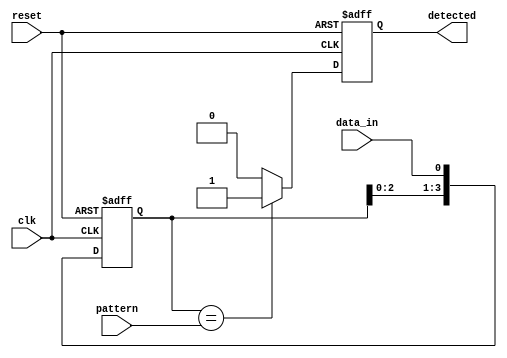
module pattern_detector #(
    parameter PATTERN_LENGTH = 4, // Length of the pattern to detect
    parameter DATA_WIDTH = 1       // Width of input data (1 for serial input)
) (
    input wire clk,                // Clock signal
    input wire reset,              // Reset signal
    input wire data_in,            // Serial input data stream
    input wire [PATTERN_LENGTH-1:0] pattern, // Pattern to detect
    output reg detected            // Output signal for pattern detection
);

    // Shift register array
    reg [PATTERN_LENGTH-1:0] shift_reg;

    // Initialize
    always @(posedge clk or posedge reset) begin
        if (reset) begin
            shift_reg <= 0;          // Reset shift register to 0
            detected <= 0;           // Reset detected signal
        end else begin
            // Shift in new data
            shift_reg <= {shift_reg[PATTERN_LENGTH-2:0], data_in}; // Shift left
            // Check for pattern match
            if (shift_reg == pattern) begin
                detected <= 1;        // Set detected signal if pattern matches
            end else begin
                detected <= 0;        // Clear detected signal
            end
        end
    end
endmodule